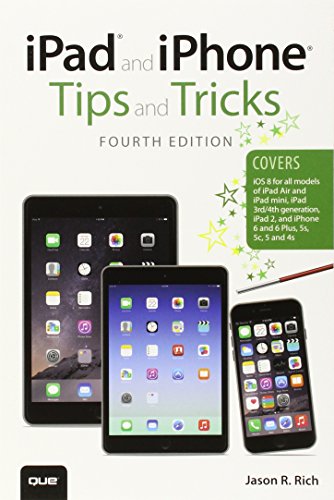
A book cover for iPad and iPhone Tips and Tricks (covers iPhones and iPads running iOS 8) (4th Edition); Jason R. Rich; Computers & Technology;